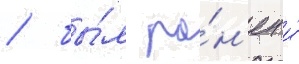
/ бы́л ра́н'ен и́